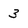
Character: 3